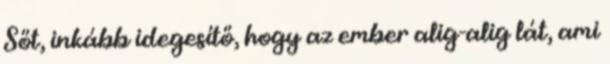
Sőt, inkább idegesítő, hogy az ember alig-alig lát, ami